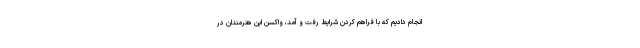
انجام دادیم که با فراهم کردن شرایط رفت و آمد، واکسن این هنرمندان در